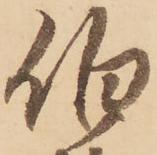
伯